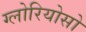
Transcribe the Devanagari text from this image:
ग्लोरियोसो